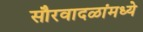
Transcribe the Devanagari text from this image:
सौरवादळांमध्ये